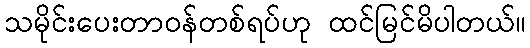
သမိုင်းပေးတာဝန်တစ်ရပ်ဟု ထင်မြင်မိပါတယ်။